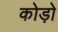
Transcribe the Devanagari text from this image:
कोड़ो